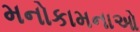
મનોકામનાઓ